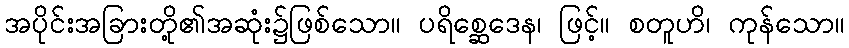
အပိုင်းအခြားတို့၏အဆုံး၌ဖြစ်သော။ ပရိစ္ဆေဒေန၊ ဖြင့်။ စတူဟိ၊ ကုန်သော။